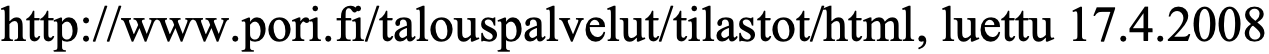
http://www.pori.fi/talouspalvelut/tilastot/html, luettu 17.4.2008